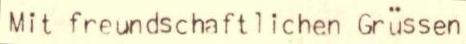
Mit freundschaftlichen Grüssen